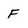
Character: F